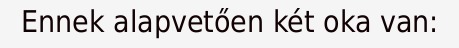
Ennek alapvetően két oka van: